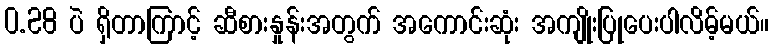
0.28 ပဲ ရှိတာကြာင့် ဆီစားနှုန်းအတွက် အကောင်းဆုံး အကျိုးပြုပေးပါလိမ့်မယ်။